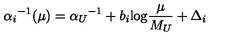
{ \alpha _ { i } } ^ { - 1 } ( \mu ) = { \alpha _ { U } } ^ { - 1 } + b _ { i } \mathrm { l o g } { \frac { \mu } { M _ { U } } } + \Delta _ { i }